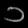
Digit: ၁